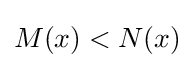
M(x)<N(x)